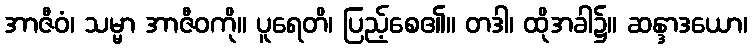
အာဇီဝံ၊ သမ္မာ အာဇီဝကို။ ပူရေတိ၊ ပြည့်စေ၏။ တဒါ၊ ထိုအခါ၌။ ဆန္ဒာဒယော၊